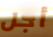
أجل